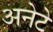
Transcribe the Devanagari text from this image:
अनेटे